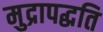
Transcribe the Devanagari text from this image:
मुद्रापद्धति